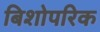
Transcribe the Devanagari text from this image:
बिशोपरिक